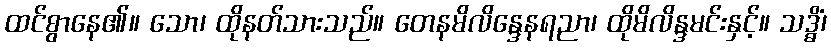
ထင်စွာနေ၏။ သော၊ ထိုနတ်သားသည်။ တေနမိလိန္ဒေနရညာ၊ ထိုမိလိန္ဒမင်းနှင့်။ သဒ္ဓိံ၊